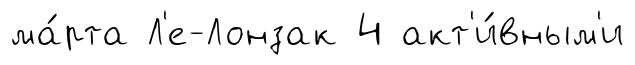
ма́рта Л'е-Лонзак 4 акт'и́вным'и